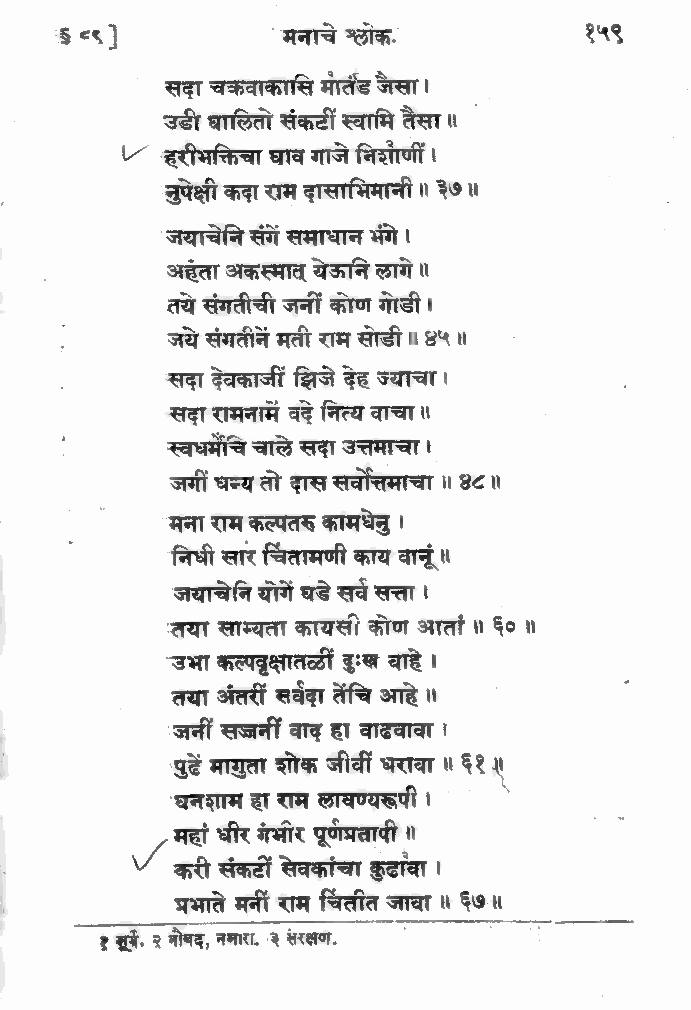
$ <९ ]        "मनाचे मलोक.         १५९
 सदा चक्रवाकासि मातंड जेसा।
 उडी घालितो संकटी स्वामि तेसा ॥
 -हरीभक्तिचा घाव गाजे निशाणी ।
 चुपेक्षी कदा राम दासाभिमानी ॥ ३७॥
 जयाचेनि संगें समाधान भंगे ।
 अहंता अकस्मात्‌ येऊनि लागे ॥
 तये संगतीची जनीं कोण गोडी ।
 जये संगतीनं मती राम सोडी ॥ 8५॥
 सदा देवकाजीं झिजे देह ज्याचा ।
 सदा रामनामें वदे नित्य वाचा ॥
 स्वधमाचे चाले सदा उत्तमाचा।
 जगीं धन्य तो दास सर्वोत्तमाचा ॥ ४८॥
 मना राम कल्पतरु कामधेनु ।
 निधी सार चितामणी काय वानूं ॥
 जयाचेनि योगें घड़े सरव सत्ता ।
 "तया साम्यता कायसी कोण आतां ॥ ६० ॥
 -उभा कल्पबृक्षातळ्ीं दुःख वाहे ।
 तया अंतरीं सवेदा तेचि आहे ॥
 जनीं सञज्जनीं वाद हा वाढवावा ।
 'पुढें मागुता शोक जीवीं धरावा ॥ ६१॥
 'घनशाम हा राम लावण्यरूपी ।
 महां धीर गंभीर पूणप्रतापी ॥
 ०“
 करी संकटीं सेवकांचा कुढावा ।
 प्रभाते मनीं राम चिंतीत जावा ॥ ६७॥
 सर्जे, २ नोबद, नगारा. '३ संरक्षण